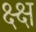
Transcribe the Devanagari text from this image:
क्ष्क्ष